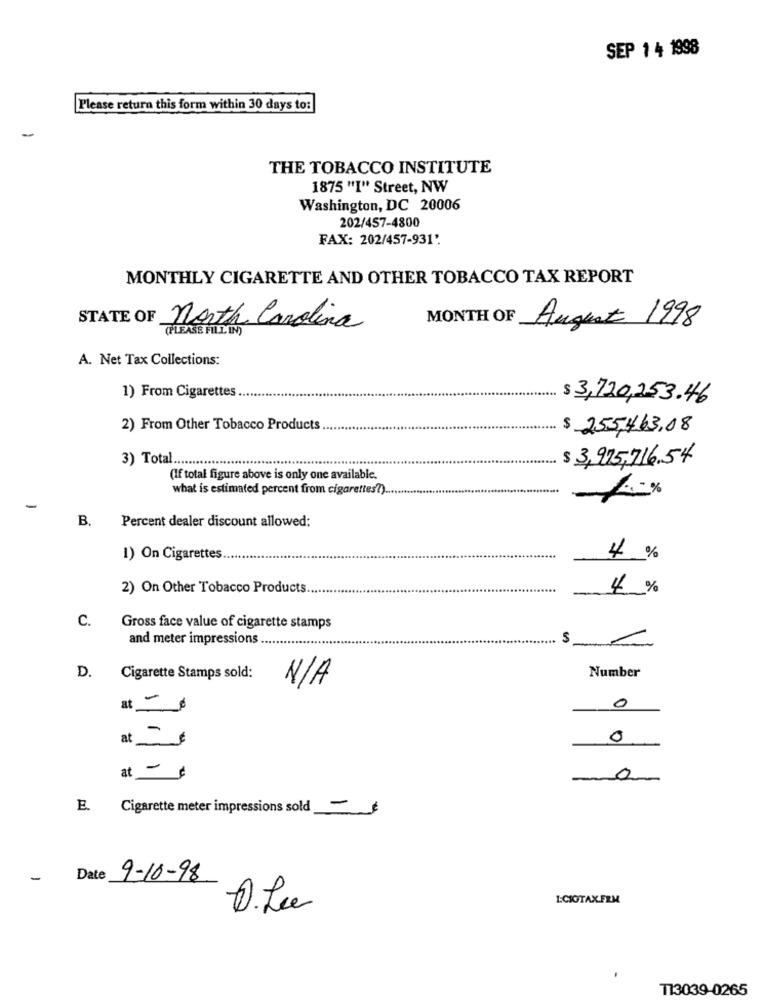
SEP 1 4 1998
Please return this form within 30 days to:
THE TOBACCO INSTITUTE
1875 "I" Street, NW
Washington, DC 20006
202/457-4800
FAX: 202/457-931'.
MONTHLY CIGARETTE AND OTHER TOBACCO TAX REPORT
STATE OF North Carolina
(PLEASE FILL IN)
MONTH OF August 1998
A. Net Tax Collections:
1) From Cigarettes
$ 3,720,253.46
2) From Other Tobacco Products
......
$ 255,4.63.08
3) Total ...
$ 3,925,716.54
(If total figure above is only one available.
what is estimated percent from cigarettes?).
B.
Percent dealer discount allowed:
1) On Cigarettes.
.....
4%
2) On Other Tobacco Products
4%
C.
Gross face value of cigarette stamps
and meter impressions
D.
Cigarette Stamps sold:
Number
at
0
-
at
0
at - ¢
0
E. Cigarette meter impressions sold
-
Date
9-10-98
LCIOTAXFEM
D.Le
113039-0265